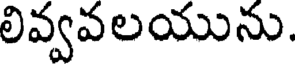
లివ్వవలయును.